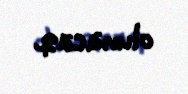
olunacaq.